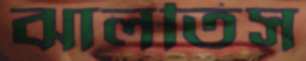
ঝালতিস